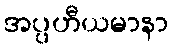
အပ္ပဟီယမာနာ